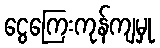
ငွေကြေးကုန်ကျမှု